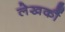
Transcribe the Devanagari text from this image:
लेखकौं